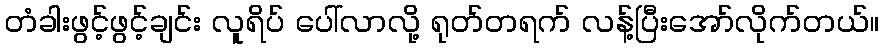
တံခါးဖွင့်ဖွင့်ချင်း လူရိပ် ပေါ်လာလို့ ရုတ်တရက် လန့်ပြီးအော်လိုက်တယ်။